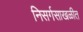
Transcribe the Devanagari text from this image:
निसर्गसाखळीत